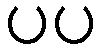
ပပ